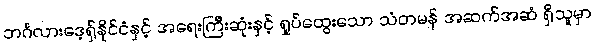
ဘင်္ဂလားဒေ့ရှ်နိုင်ငံနှင့် အရေးကြီးဆုံးနှင့် ရှုပ်ထွေးသော သံတမန် အဆက်အဆံ ရှိသူမှာ